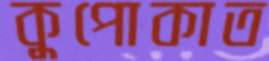
কুপোকাত